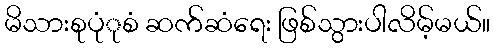
မိသားစုပုံုစံ ဆက်ဆံရေး ဖြစ်သွားပါလိမ့်မယ်။